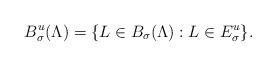
LaTeX: \begin{align*} B^u_\sigma (\Lambda) = \{L \in B_\sigma (\Lambda): L \in E^u_\sigma\}. \end{align*}